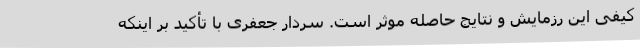
کیفی این رزمایش و نتایج حاصله موثر است. سردار جعفری با تأکید بر اینکه